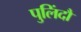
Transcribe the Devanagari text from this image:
पुलिंदौं